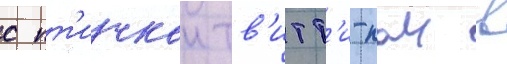
с пт'ичкои тв'итт'и-паи в